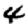
Digit: 4